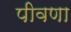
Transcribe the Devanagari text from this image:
पीवणा